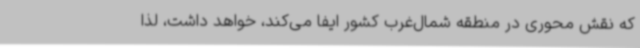
که نقش محوری در منطقه شمال‌غرب کشور ایفا می‌کند، خواهد داشت، لذا